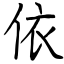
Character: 依